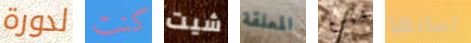
لدورة كنت شيت المعلقة تشينغ لسانها